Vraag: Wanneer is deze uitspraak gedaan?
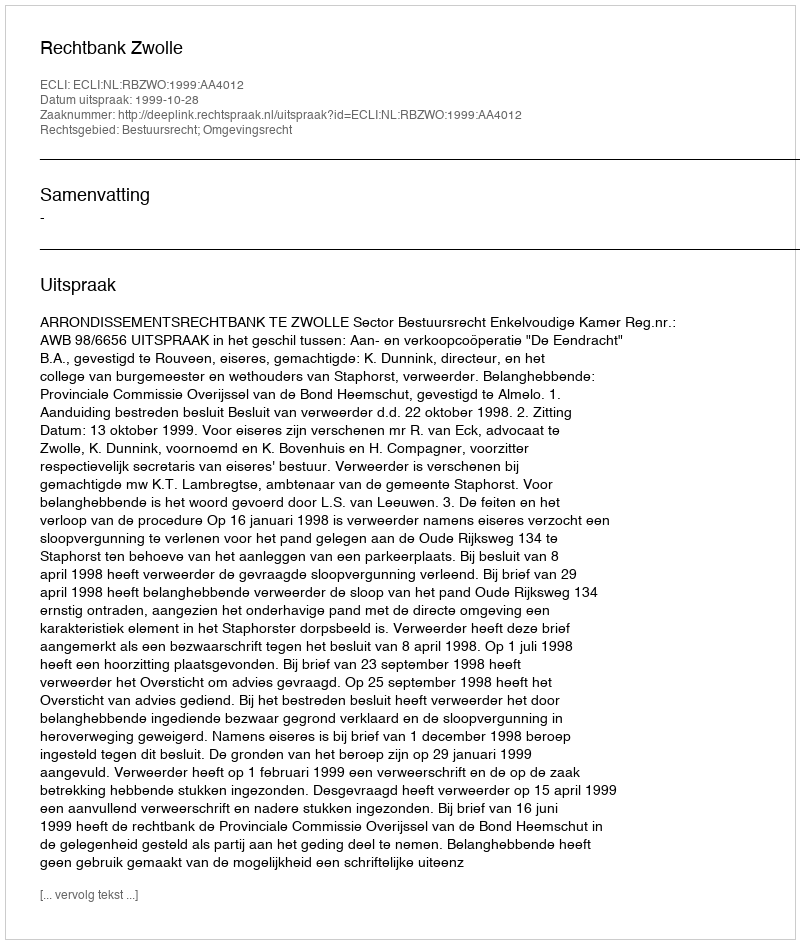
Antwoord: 1999-10-28